Annual administration report of the Civil Veterinary Department of India - 1896-1897
Year: 1896
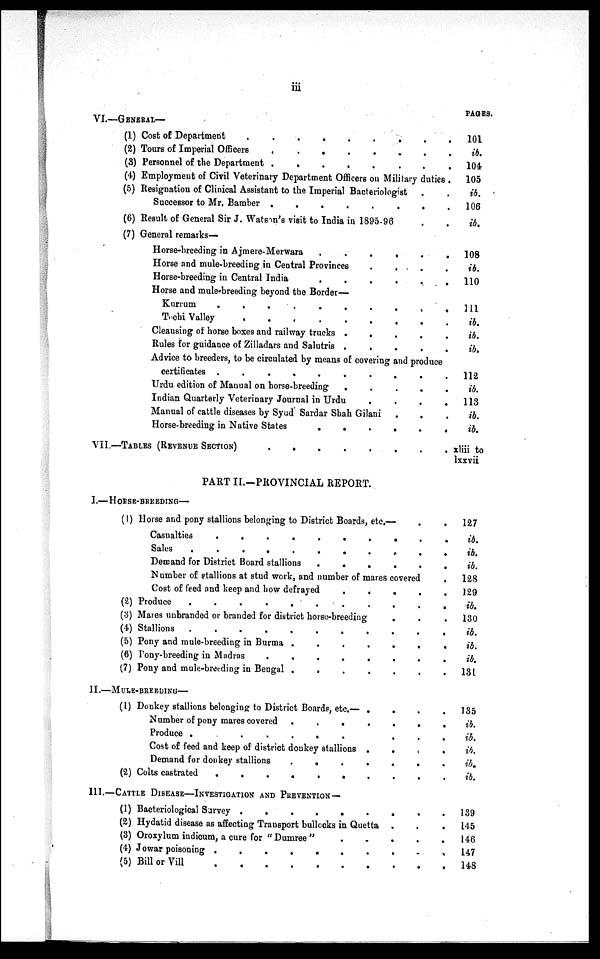
iii
VI.—GENERAL—
(1) Cost of Department
.
.
.
.
.
.
.
.
(2) Tours of Imperial Officers
.
.
.
.
.
.
.
.
(3) Personnel of the Department . . . .
(4) Employment of Civil Veterinary Department Officers on Military duties .
(5) Resignation of Clinical Assistant to the Imperial Bacteriologist . .
Successor to Mr. Bamber
.
.
.
.
.
.
.
.
(6) Result of General Sir J. Watson's visit to India in 1895-96 . . .
(7) General remarks-
Horse-breeding in Ajmere-Merwara
.
.
.
.
.
.
.
.
Horse and mule-breeding in Central Provinces . . . . . . . .
Horse-breeding in Central India
.
.
.
.
.
.
.
.
Horse and mule-breeding beyond the Border—
Kurrum
.
.
.
.
.
.
.
.
Tochi Valley
.
.
.
.
.
.
.
.
Cleansing of horse boxes and railway trucks . . . . . . . .
Rules for guidance of Zilladars and Salutris . . . . . . . .
Advice to breeders, to be circulated by means of covering and produce
certificates
.
.
.
.
.
.
.
.
Urdu edition of Manual on horse-breeding . . . . . . . .
Indian Quarterly Veterinary Journal in Urdu . . . . . . . .
Manual of cattle diseases by Syud Sardar Shah Gilani
.
.
Horse-breeding in Native States
.
.
.
.
.
.
.
.
VII.—TABLE (REVENUE SECTION)
.
.
.
.
.
PART II.-PROVINCIAL REPORT.
I.—HORSE-BBEEDING—
(1) Horse and pony stallions belonging to District Boards, etc.—
.
.
Casualties
.
.
.
.
.
.
.
.
Sales
.
.
.
.
.
.
.
.
Demand for District Board stallions
.
.
.
.
.
.
.
.
Number of stallions at stud work, and number of mares covered
.
Cost of feed and keep and how defrayed . . . . . . . .
(2) Produce
.
.
.
.
.
.
.
.
(3) Mares unbranded or branded for district horse-breeding . . .
(4) Stallions
.
.
.
.
.
.
.
.
(5) Pony and mule-breeding in Burma
.
.
.
.
.
.
.
.
(6) Pony-breeding in Madras
.
.
.
.
.
.
.
.
(7) Pony and mule-breeding in Bengal
.
.
.
.
.
.
.
.
II.—MULE-BREEDING—
(1) Donkey stallions belonging to District Boards, etc.— . . . . . . . .
Number of pony mares covered
.
.
.
.
.
.
.
.
Produce
.
.
.
.
.
.
.
.
Cost of feed and keep of district donkey stallions . . . . . . . .
Demand for donkey stallions
.
.
.
.
.
.
.
.
(2) Colts castrated
.
.
.
.
.
.
.
.
III.—CATTLE DISEASE—INVESTIGATION AND PREVENTION—
(1) Bacteriological Survey
.
.
.
.
.
.
.
.
(2) Hydatid disease as affecting Transport bullocks in Quetta . . . . . . . .
(3) Oroxylum indicum, a cure for "Dumree" . . . . . . . .
(4) Jowar poisoning
.
.
.
.
.
.
.
.
(5) Bill or Vill
.
.
.
.
.
.
.
.
PAGES.
101
ib.
104
105
ib.
106
ib.
108
ib.
110
111
ib.
ib.
ib.
112
ib.
113
ib.
ib.
xliii to
lxxvii
127
ib.
ib.
ib.
128
129
ib.
130
ib.
ib.
ib.
131
135
ib.
ib.
ib.
ib.
ib.
139
145
146
147
148